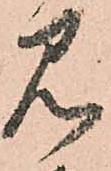
見